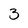
Character: 3